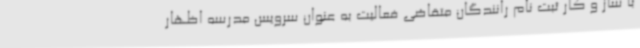
با ساز و کار ثبت نام رانندگان متقاضی فعالیت به عنوان سرویس مدرسه اظهار